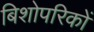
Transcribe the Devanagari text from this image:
बिशोपरिकों